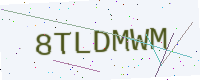
Text: 8TLDMWM